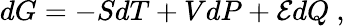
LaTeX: dG=-SdT+VdP+{\mathcal{E}}dQ\ ,